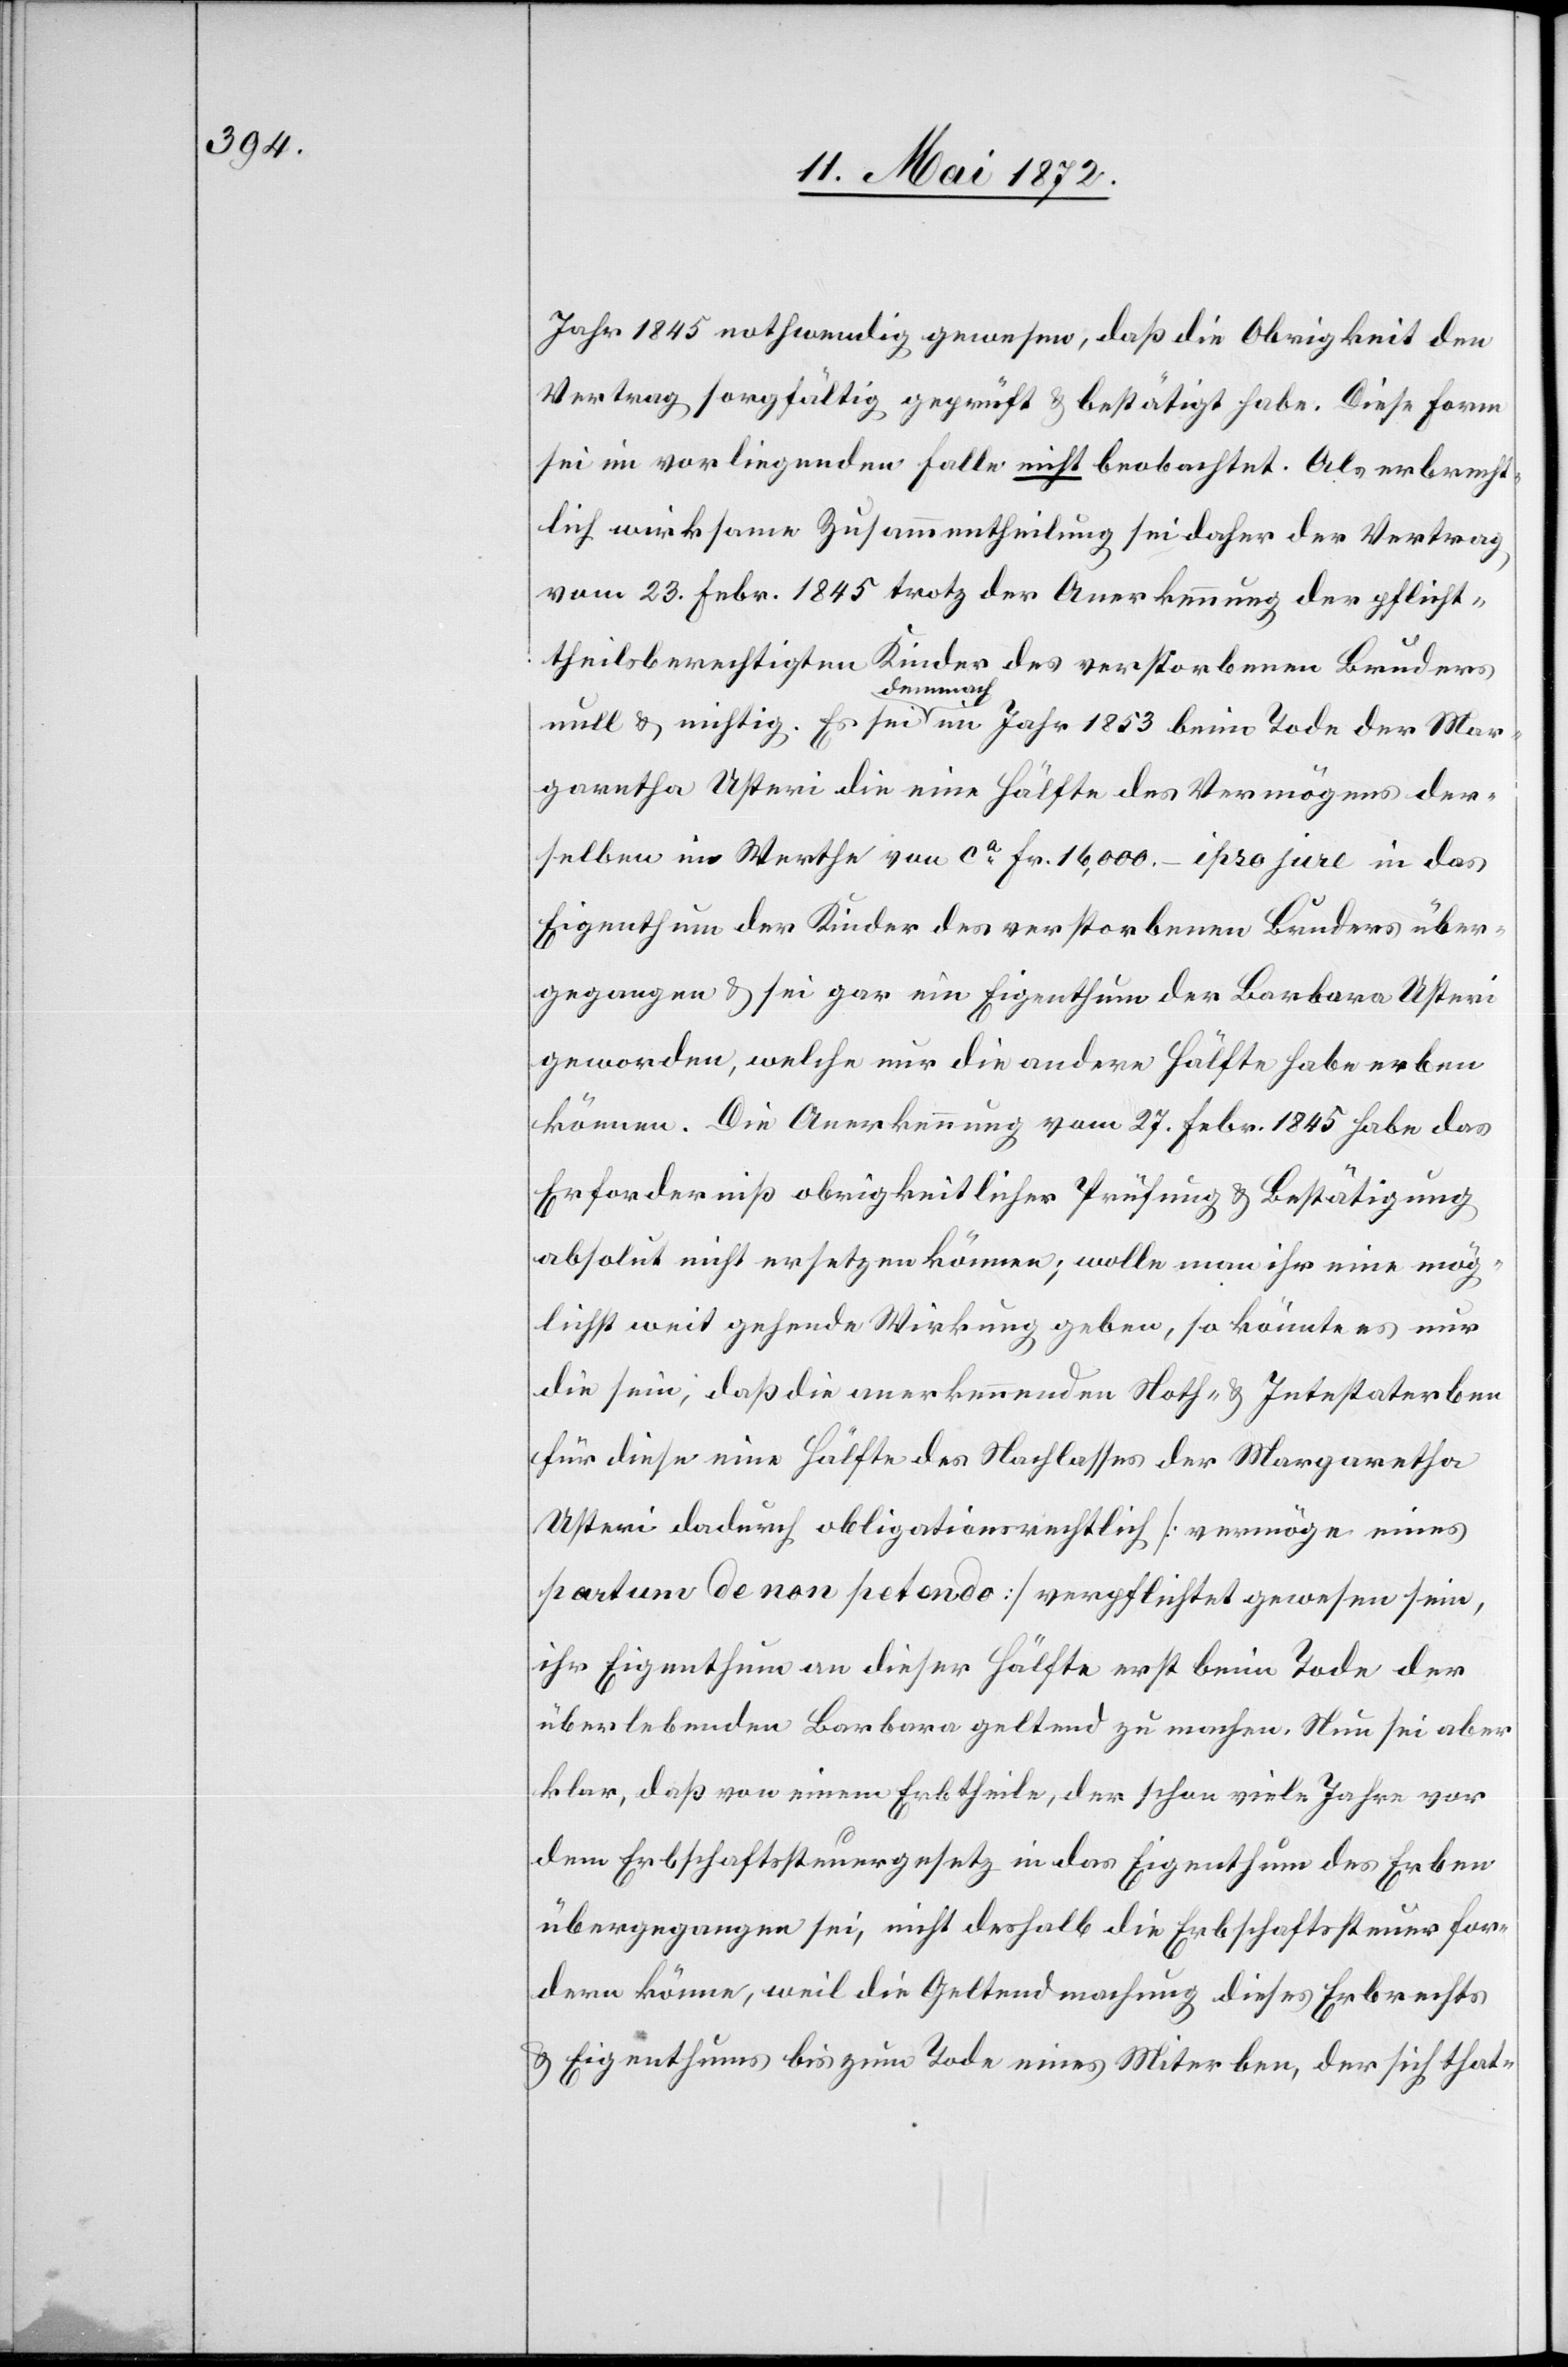
Jahr 1845 nothwendig gewesen, daß die Obrigkeit den
Vertrag sorgfältig geprüft u. bestätigt habe. Diese Form
sei im vorliegenden Falle nicht beobachtet. Als erbrecht¬
lich wirksame Zusammentheilung sei daher der Vertrag
vom 23. Febr. 1845 trotz der Anerkennung der pflicht¬
theilsberechtigten Kinder des verstorbenen Bruders
null u. nichtig. Es sei demnach im Jahr 1853 beim Tode der Mar¬
garetha Usteri die eine Hälfte des Vermögens der¬
selben im Werthe von ca Fr. 16,000.– ipso jure in das
Eigenthum der Kinder des verstorbenen Bruders über¬
gegangen u. sei gar ein Eigenthum der Barbara Usteri
geworden, welche nur die andere Hälfte habe erben
können. die Anerkennung vom 27. Febr. 1845 habe das
Erforderniß obrigkeitlicher Prüfung u. Bestätigung
absolut nicht ersetzen können; wolle man ihr eine mög¬
lichst weit gehende Wirkung geben, so könnte es nur
die sein, daß die anerkennenden Noth- u. Intestaterben
für diese eine Hälfte des Nachlasses der Margaretha
Usteri dadurch obligationsrechtlich [vermöge eines
partum de non petendo] verpflichtet gewesen sein,
ihr Eigenthum an dieser Hälfte erst beim Tode der
überlebenden Barbara geltend zu machen. Nun sei aber
klar, daß von einem Erbtheile, der schon viele Jahre vor
dem Erbschaftssteuergesetz in das Eigenthum des Erben
übergegangen sei, nicht deshalb die Erbschaftssteuer for¬
dern könne [sic!], weil die Geltendmachung dieses Erbrechtes
u. Eigenthums bis zum Tode eines Miterben, der sich that-